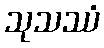
သုသဿံ